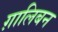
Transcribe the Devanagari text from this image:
ग़ालिबन